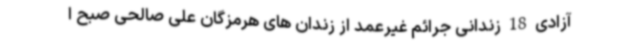
آزادی 18 زندانی جرائم غیرعمد از زندان های هرمزگان علی صالحی صبح ا